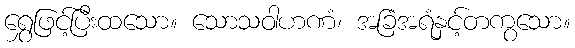
ရွှေဖြင့်ပြီးထသော။ သောသဝါဟဏံ၊ အခြံအရံနှင့်တကွသော။